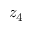
z _ { 4 }